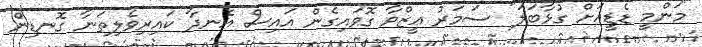
"މަންމީ ޑެޑީއަށް ގުޅާބަލަ" ސަމަރު ޢީޒްވާ ގޮވައިގެން އައިސް އެނދާ ކައިރިވެލިތަނާ ގޮނޑިން